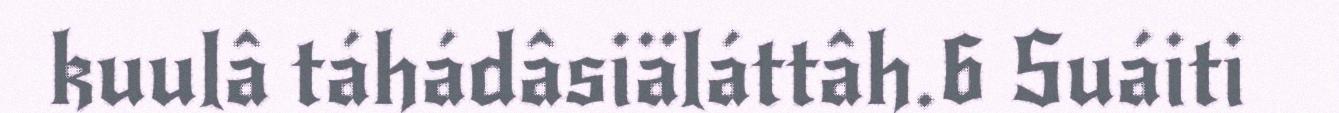
kuulâ táhádâsiäláttâh.6 Suáiti